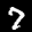
Label: 7